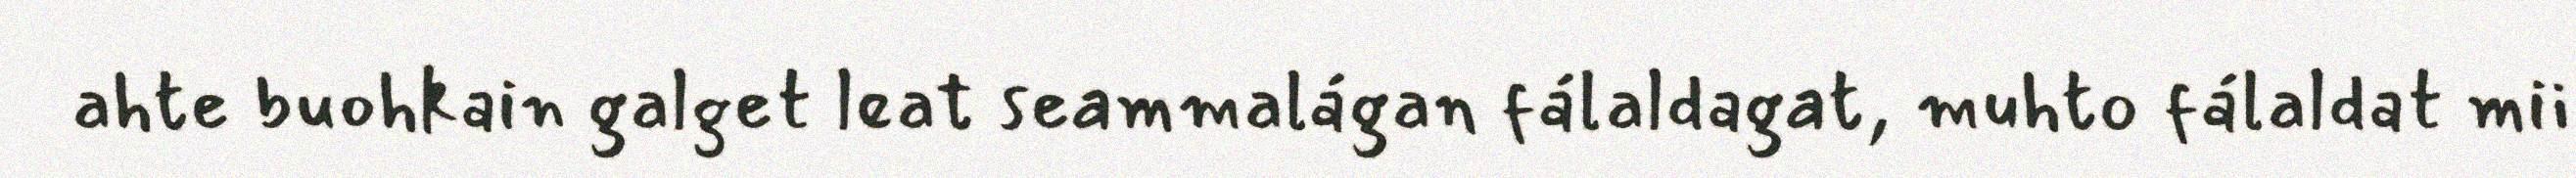
ahte buohkain galget leat seammalágan fálaldagat, muhto fálaldat mii